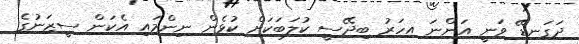
ދަގަނޑޭ ވަނީ އަންނަ އހަރު ބިދޭސީ ކުލަބަކަށް ކުޅެން ނިންމައި އެކަން ސީޒަނުގެ